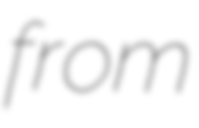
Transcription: from